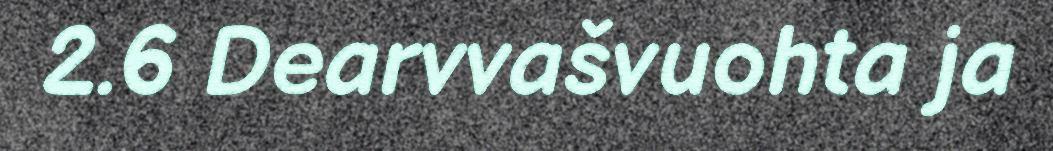
2.6 Dearvvašvuohta ja